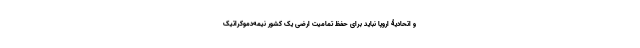
و اتحادیۀ اروپا نباید برای حفظ تمامیت ارضی یک کشور نیمه‌دموکراتیک